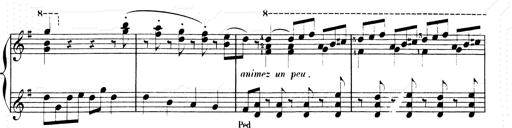
Title: Les SabÃ©ennes
Composer: Franz Liszt